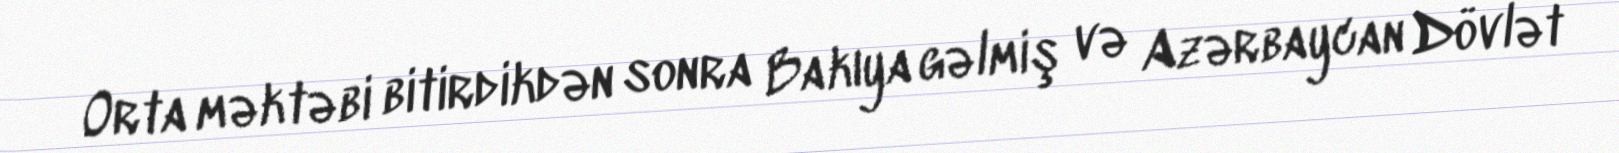
Orta məktəbi bitirdikdən sonra Bakıya gəlmiş və Azərbaycan Dövlət